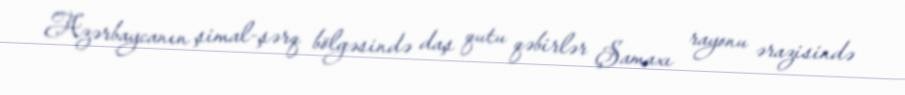
Azərbaycanın şimal-şərq bölgəsində daş qutu qəbirlər Şamaxı rayonu ərazisində